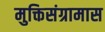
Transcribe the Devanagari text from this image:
मुक्तिसंग्रामास